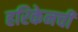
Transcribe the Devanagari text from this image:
हरिकेनची